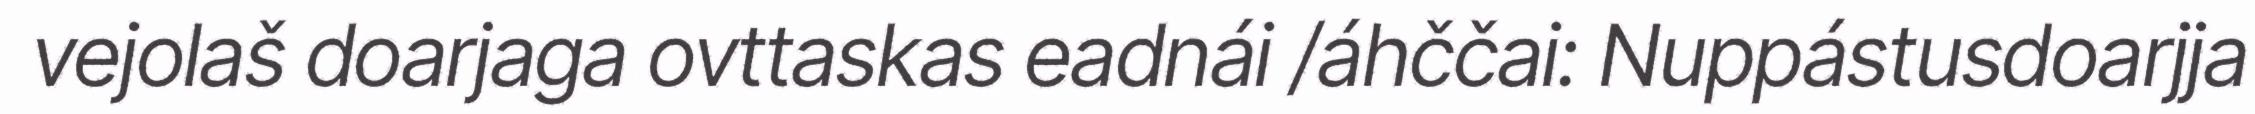
vejolaš doarjaga ovttaskas eadnái /áhččai: Nuppástusdoarjja